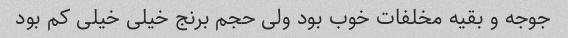
جوجه و بقیه مخلفات خوب بود ولی حجم برنج خیلی خیلی کم بود